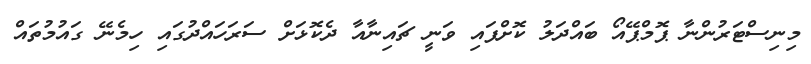
މިނިސްޓަރުންނާ ޕޮމްޕޭއޯ ބައްދަލު ކޮށްފައި ވަނީ ޗައިނާއާ ދެކޮޅަށް ސަރަހައްދުގައި ހިމެނޭ ގައުމުތައް